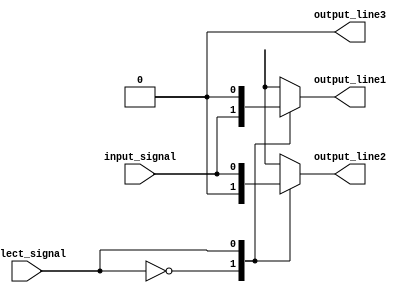
module demultiplexer (input wire input_signal, input wire select_signal, output reg output_line1, output reg output_line2, output reg output_line3);

always @ (select_signal)
begin
    case (select_signal)
        2'b00: begin
            output_line1 = input_signal;
            output_line2 = 1'b0;
            output_line3 = 1'b0;
        end
        2'b01: begin
            output_line1 = 1'b0;
            output_line2 = input_signal;
            output_line3 = 1'b0;
        end
        2'b10: begin
            output_line1 = 1'b0;
            output_line2 = 1'b0;
            output_line3 = input_signal;
        end
        default: begin
            output_line1 = 1'b0;
            output_line2 = 1'b0;
            output_line3 = 1'b0;
        end
    endcase
end

endmodule